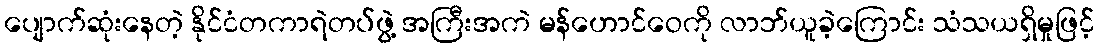
ပျောက်ဆုံးနေတဲ့ နိုင်ငံတကာရဲတပ်ဖွဲ့ အကြီးအကဲ မန်ဟောင်ဝေကို လာဘ်ယူခဲ့ကြောင်း သံသယရှိမှုဖြင့်